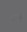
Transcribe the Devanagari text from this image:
वांज़